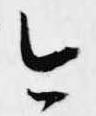
今